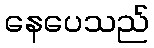
နေပေသည်